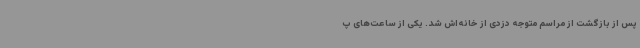
پس از بازگشت از مراسم متوجه دزدی از خانه‌اش شد. یکی از ساعت‌های پ